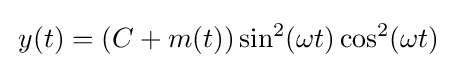
\,y(t)=(C+m(t))\sin ^{2}(\omega t)\cos ^{2}(\omega t)